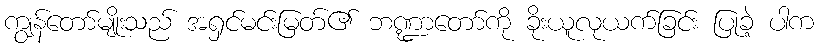
ကျွန်တော်မျိုးသည် အရှင်မင်းမြတ်၏ ဘဏ္ဍာတော်ကို ခိုးယူလုယက်ခြင်း ပြုခဲ့ ပါက